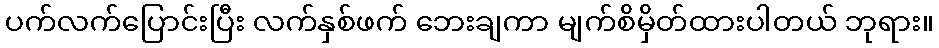
ပက်လက်ပြောင်းပြီး လက်နှစ်ဖက် ဘေးချကာ မျက်စိမှိတ်ထားပါတယ် ဘုရား။